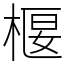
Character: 椻